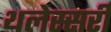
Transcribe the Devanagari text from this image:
थलेस्सरी